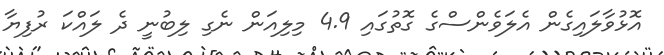
އޮޅުވާލައިގެން އެލަވެންސްގެ ގޮތުގައި 4.9 މިލިއަން ނެގި ލިބުނީ ދެ ލައްކަ ރުފިޔާ